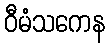
ဝီမံသကေန